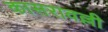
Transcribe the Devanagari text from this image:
कासरावल्ली